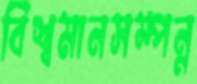
বিশ্বমানসম্পন্ন